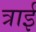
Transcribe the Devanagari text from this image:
त्राई